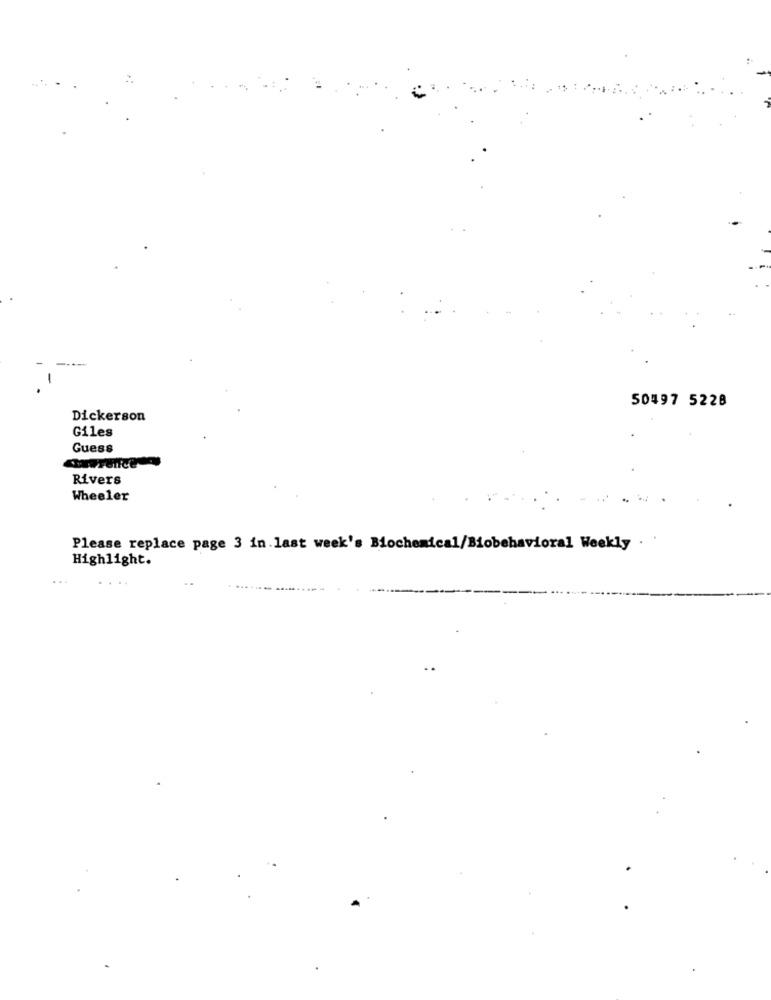
50497 5228
Dickerson
Giles
Guess
Rivers
Wheeler
Please replace page 3 in. last week's Biochemical/Biobehavioral Weekly
Highlight.